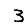
Digit: 3